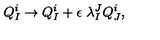
Q _ { I } ^ { i } \to Q _ { I } ^ { i } + \epsilon \ \lambda _ { I } ^ { J } Q _ { J } ^ { i } ,